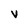
Character: v